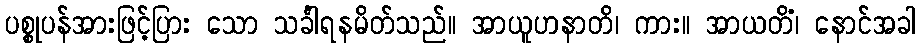
ပစ္စုပန်အားဖြင့်ပြား သော သင်္ခါရနမိတ်သည်။ အာယူဟနာတိ၊ ကား။ အာယတိံ၊ နောင်အခါ